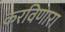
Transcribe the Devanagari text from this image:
करविणारा